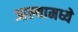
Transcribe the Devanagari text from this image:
आल्यामध्ये